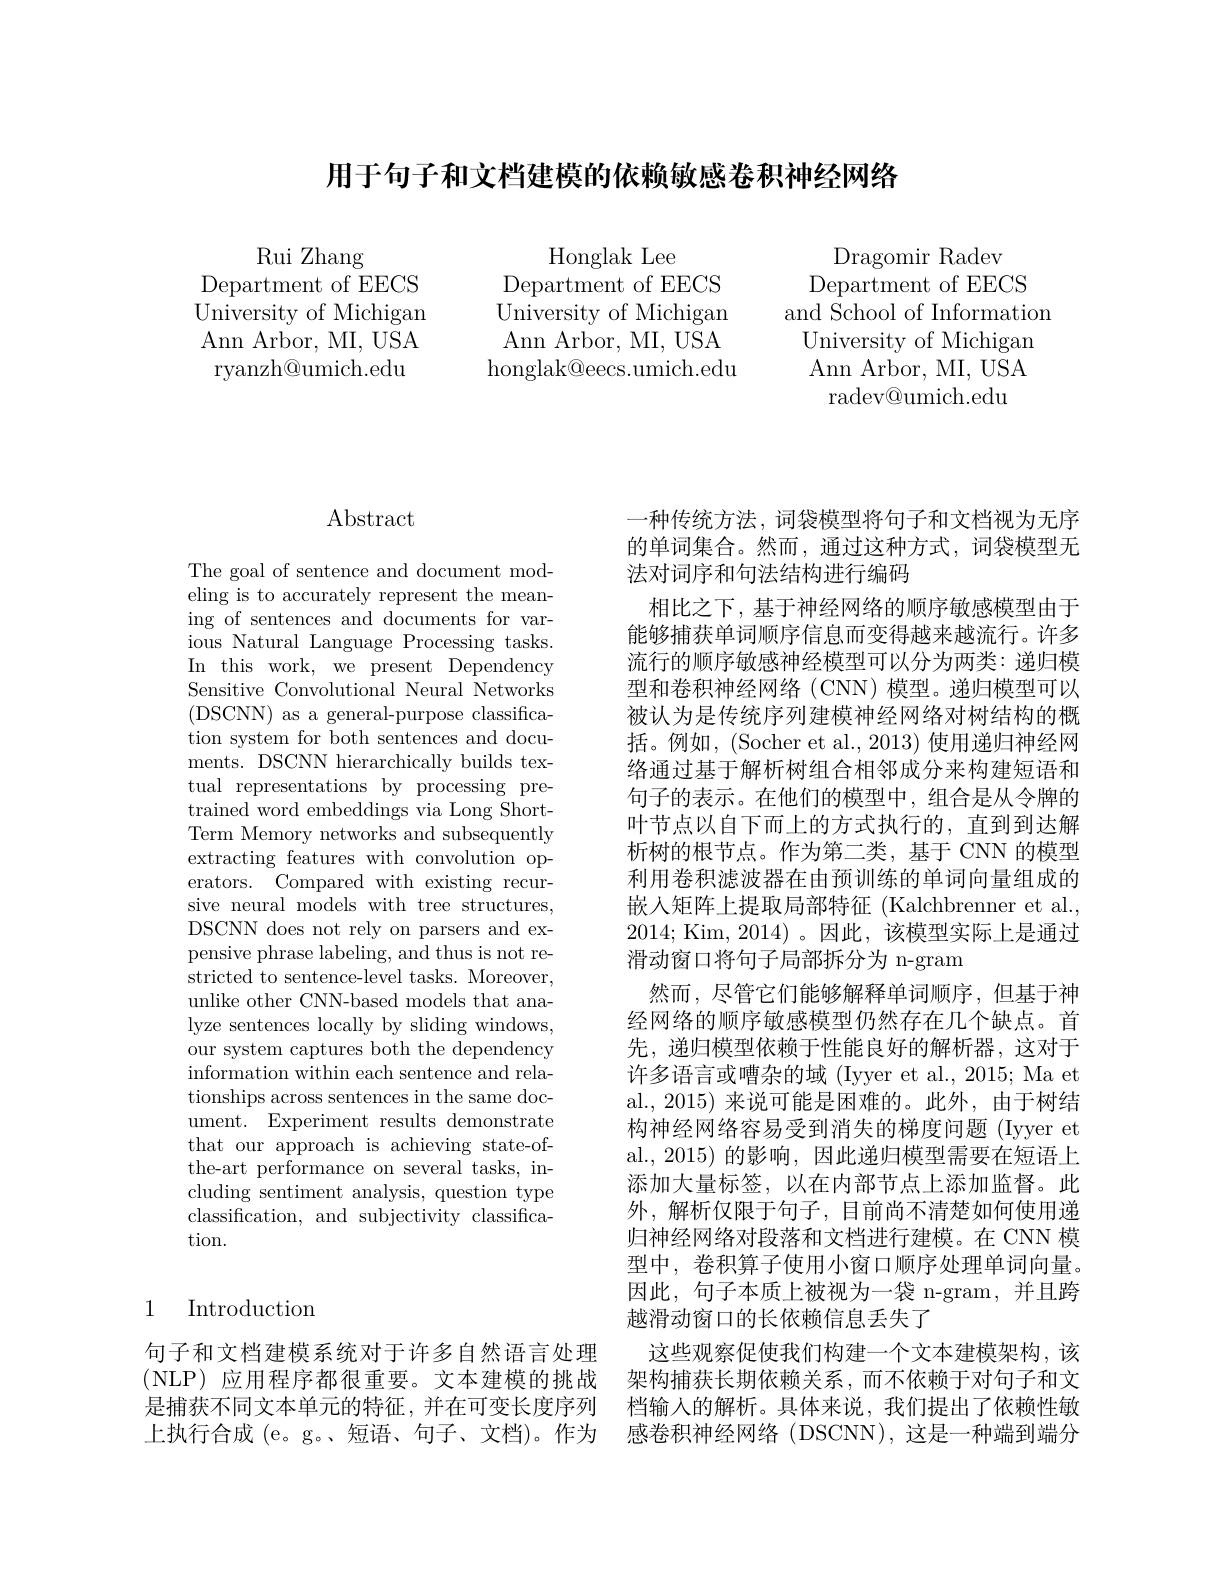
用于句子和文档建模的依赖敏感券积神经网络

Rui Zhang
Department of EECS $\tilde{\text{University of Michigan}}$ $\operatorname{Ann}$Arbor, MI, USA ryanzh@umich.edu

Honglak Lee
Department of EECS
$\tilde{\text{University of Michigan}}$ and $\tilde{\text{School of Information}}$
Ann Arbor, MI, USA honglak@eecs.umich.edu

Dragomir Radev
Department of EECS University of Michigan
Ann Arbor, MI, USA
radev@umich.edu

# $\operatorname{Abstract}$

The goal of sentence and document modeling is to accurately represent the meaning of sentences and documents for various Natural Language Processing tasks. In this work, we present Dependency Sensitive Convolutional Neural Networks (DSCNN) as a general-purpose classification system for both sentences and documents. DSCNN hierarchically builds textual representations by processing pretrained word embeddings via Long ShortTerm Memory networks and subsequently extracting features with convolution operators. Compared with existing recursive neural models with tree structures, DSCNN does not rely on parsers and expensive phrase labeling, and thus is not restricted to sentence-level tasks. Moreover, unlike other CNN-based models that analyze sentences locally by sliding windows, our system captures both the dependency information within each sentence and relationships across sentences in the same document. Experiment results demonstrate that our approach is achieving state-ofthe-art performance on several tasks, including sentiment analysis, question type classification, and subjectivity classification.

## 1 Introduction

一种传统方法，词袋模型将句子和文档视为无序的单词集合。然而，通过这种方式，词袋模型无法对词序和句法结构进行编码
相比之下，基于神经网络的顺序敏感模型由于能够捕获单词顺序信息而变得越来越流行。许多流行的顺序敏感神经模型可以分为两类：递归模型和卷积神经网络(CNN)模型。递归模型可以被认为是传统序列建模神经网络对树结构的概括。例如，(Socher et al., 2013) 使用递归神经网络通过基于解析树组合相邻成分来构建短语和句子的表示。在他们的模型中，组合是从令牌的叶节点以自下而上的方式执行的，直到到达解析树的根节点。作为第二类，基于 CNN 的模型利用卷积滤波器在由预训练的单词向量组成的嵌入矩阵上提取局部特征 (Kalchbrenner et al. 2014; Kim, 2014)。因此，该模型实际上是通过滑动窗口将句子局部拆分为 n-gram
然而，尽管它们能够解释单词顺序，但基于神经网络的顺序敏感模型仍然存在几个缺点。首先，递归模型依赖于性能良好的解析器，这对于许多语言或嘈杂的域 (Iyyer et al., 2015; Ma et al., 2015) 来说可能是困难的。此外，由于树结构神经网络容易受到消失的梯度问题 (Iyyer et al., 2015) 的影响，因此递归模型需要在短语上添加大量标签，以在内部节点上添加监督。此外，解析仅限于句子，目前尚不清楚如何使用递归神经网络对段落和文档进行建模。在 CNN 模型中，卷积算子使用小窗口顺序处理单词向量。因此，句子本质上被视为一袋 n-gram, 并且跨越滑动窗口的长依赖信息丢失了
句子和文档建模系统对于许多自然语言处理 这些观察促使我们构建一个文本建模架构，该(NLP)应用程序都很重要。文本建模的挑战 架构捕获长期依赖关系，而不依赖于对句子和文是捕获不同文本单元的特征，并在可变长度序列 档输入的解析。具体来说，我们提出了依赖性敏上执行合成 (e。g。短语、句子、文档)。作为 感卷积神经网络 (DSCNN),这是一种端到端分